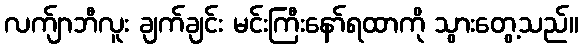
လက်ျာဘီလူး ချက်ချင်း မင်းကြီးနော်ရထာကို သွားတွေ့သည်။